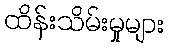
ထိန်းသိမ်းမှုများ